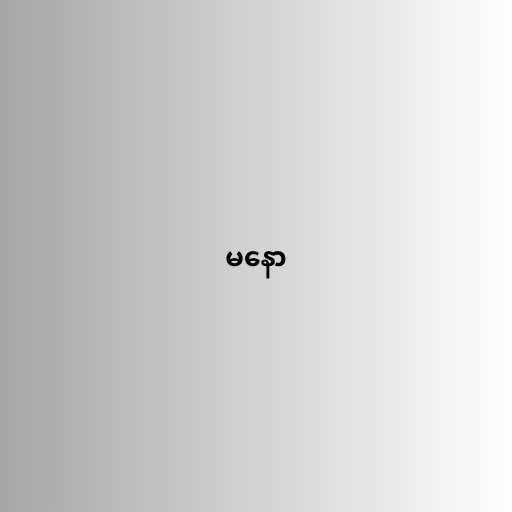
မနော